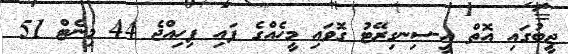
ޖީބުގައި އޮތް އީ-ސިނގިރޭޓު ގޮވައި މީހެއްގެ ފައި ފިހިއްޖެ 44 މިނެޓް 51